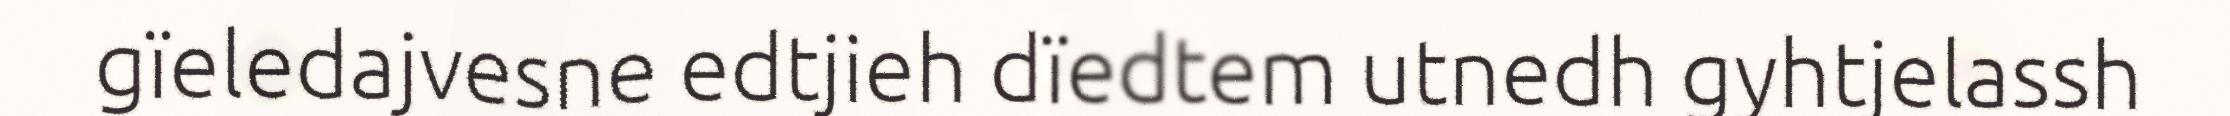
gïeledajvesne edtjieh dïedtem utnedh gyhtjelassh